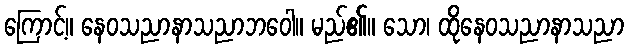
ကြောင့်။ နေဝသညာနာသညာဘဝေါ။ မည်၏။ သော၊ ထိုနေဝသညာနာသညာ